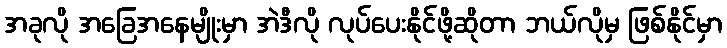
အခုလို အခြေအနေမျိုးမှာ အဲဒီလို လုပ်ပေးနိုင်ဖို့ဆိုတာ ဘယ်လိုမှ ဖြစ်နိုင်မှာ